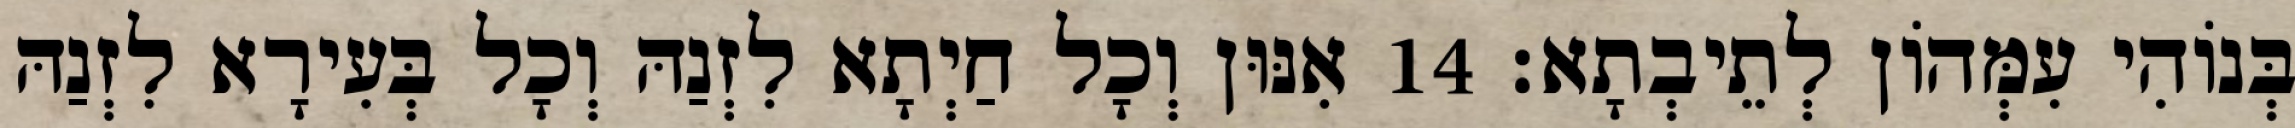
בְּנוֹהִי עִמְּהוֹן לְתֵיבְתָא׃ 14 אִנּוּן וְכָל חַיְתָא לִזְנַהּ וְכָל בְּעִירָא לִזְנַהּ